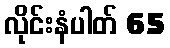
လိုင်းနံပါတ် 65